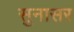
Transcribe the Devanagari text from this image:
सुनासर